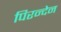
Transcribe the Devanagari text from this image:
पिरन्देन